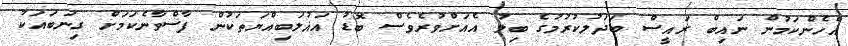
އެހެންކަމުން ނައިބް ރައީސް ބަދަލުކުރުމުގެ ބިލު އެއަށްވުރެވެސް ބޮޑު އަޣުލަބިއްޔަތަކުން ފާސްވާނެކަމަށް ގިނަބައަކު